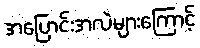
အပြောင်းအလဲများကြောင့်